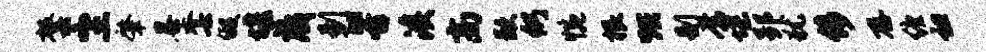
罄尘肇暴套假堰藏剔酣奔溪高歉仍惋根烘剔常堞郢犹侈存缠袒